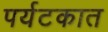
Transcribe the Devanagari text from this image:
पर्यटकात